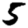
Digit: 5